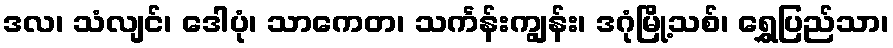
ဒလ၊ သံလျင်၊ ဒေါပုံ၊ သာကေတ၊ သင်္ကန်းကျွန်း၊ ဒဂုံမြို့သစ်၊ ရွှေပြည်သာ၊